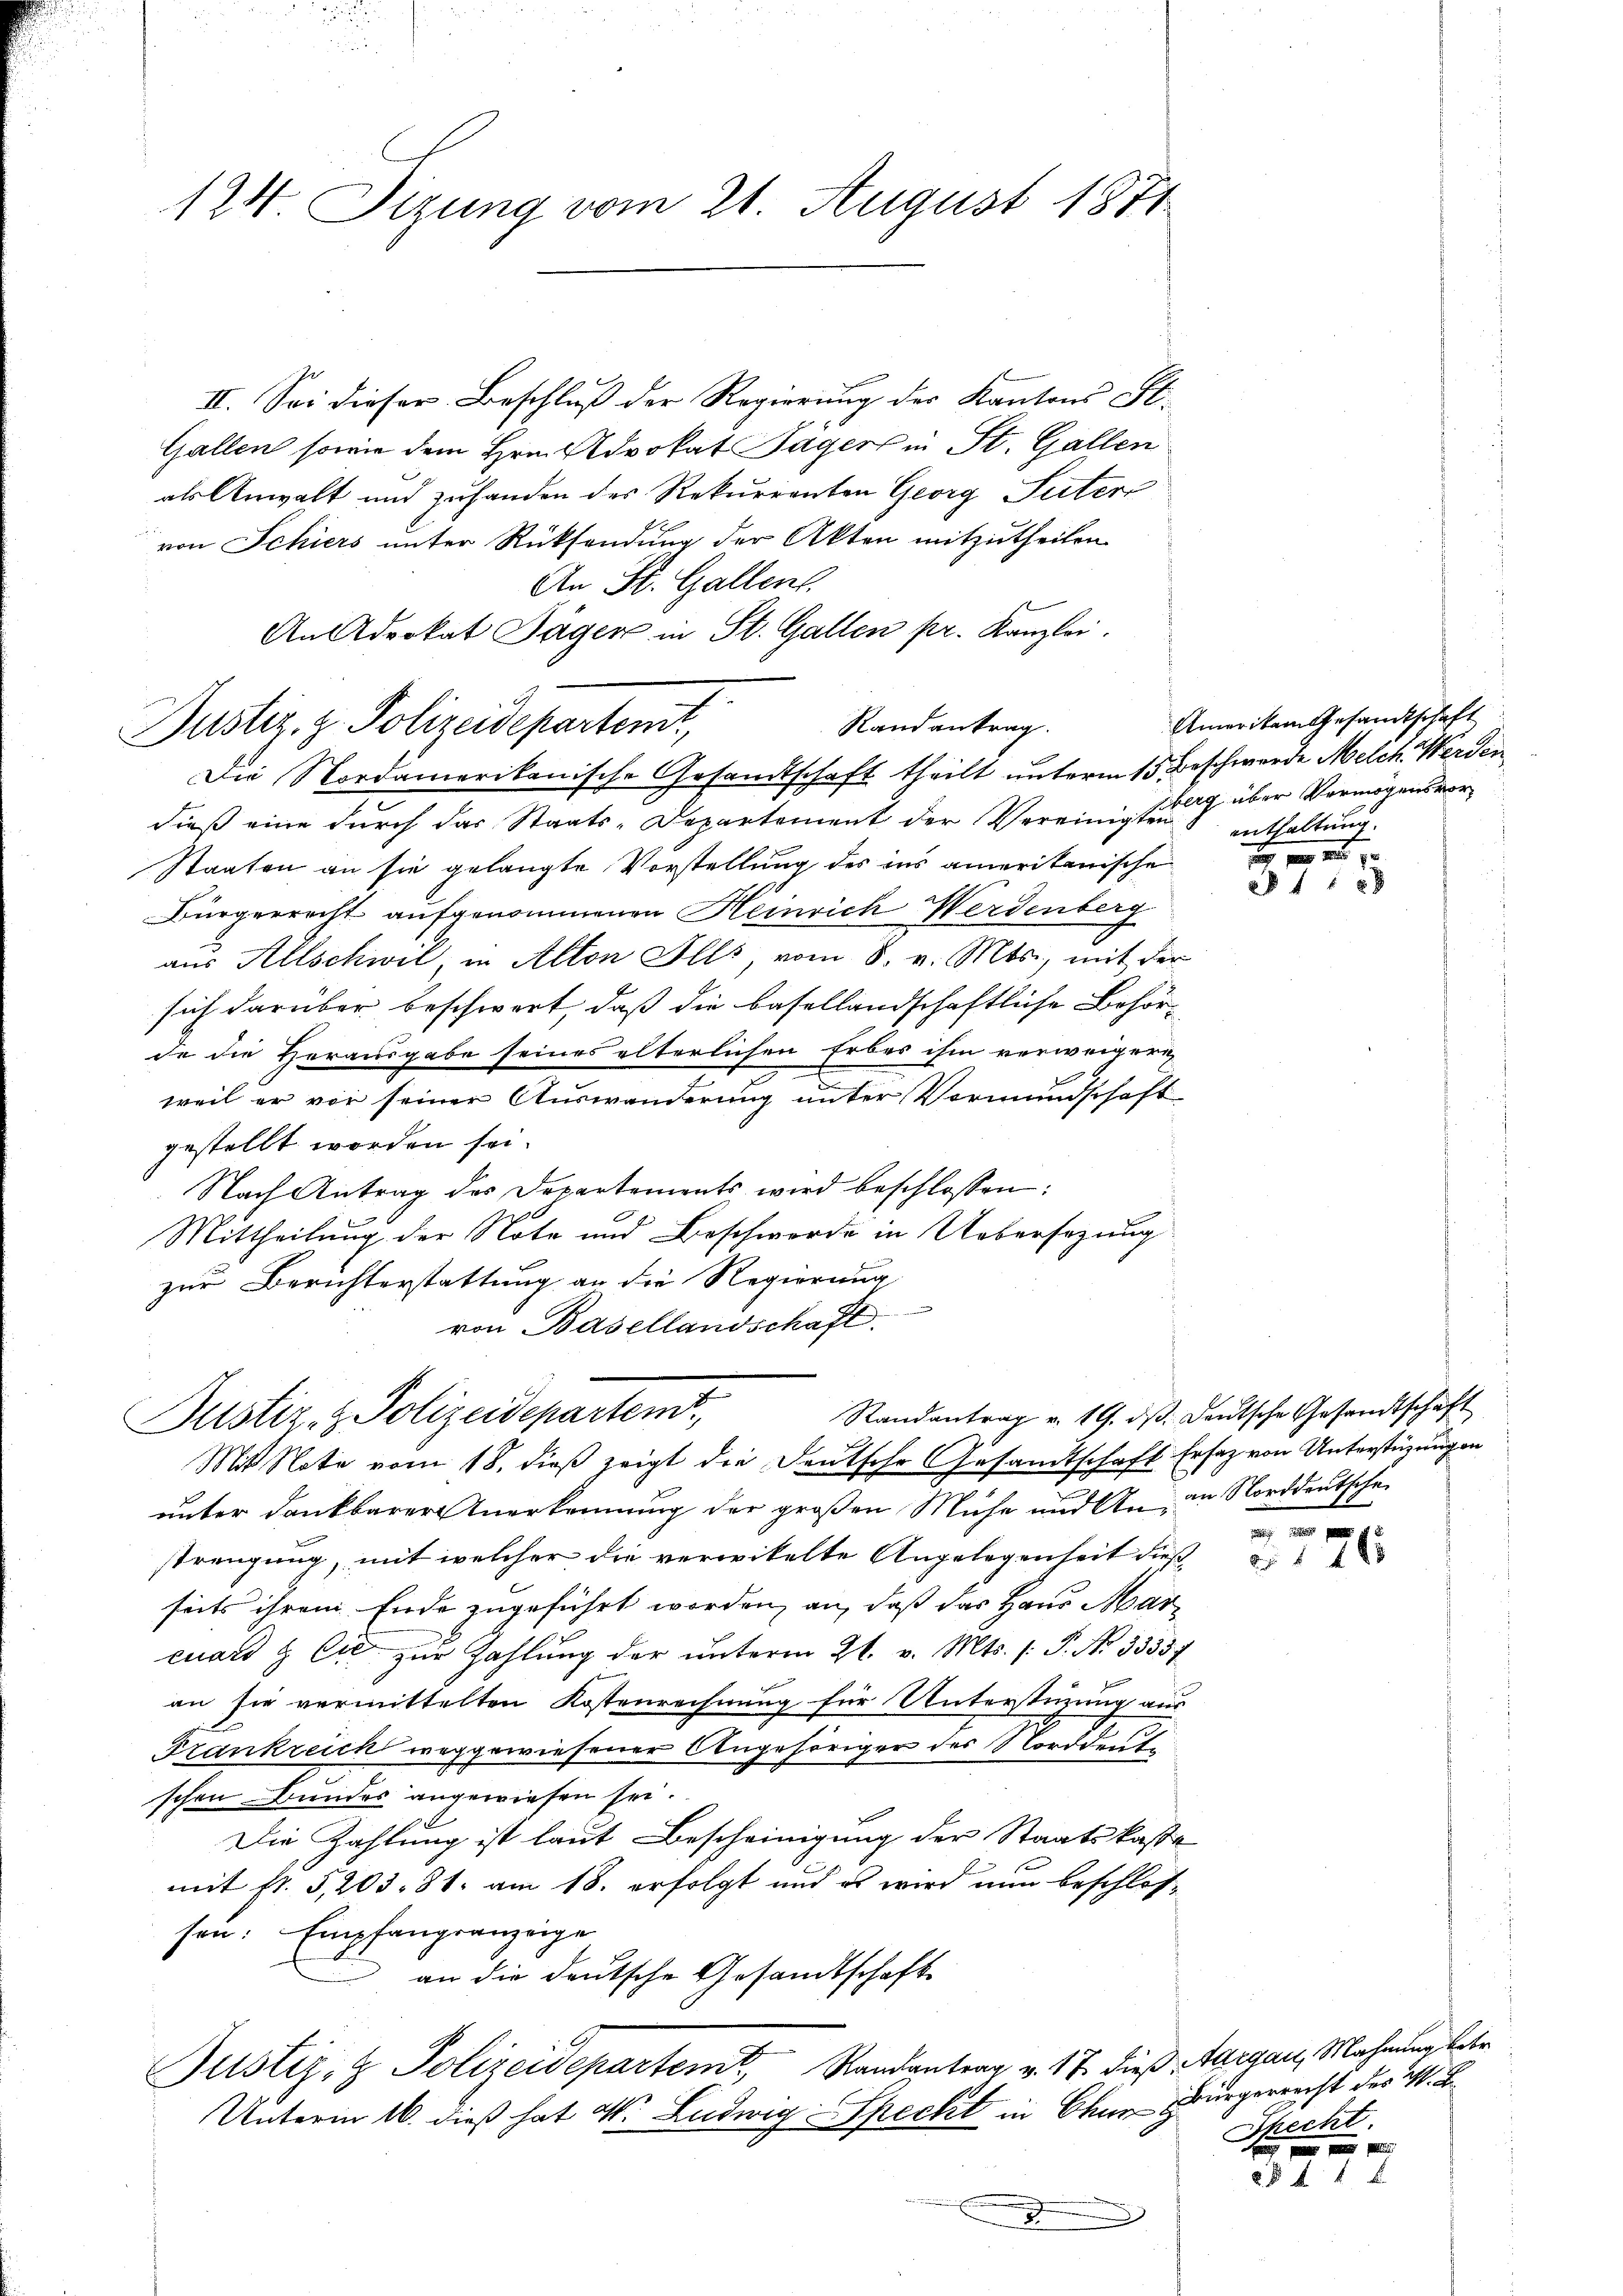
124 Sizung vom 21. August 1871

II. Sei dieser Beschluß der Regierung der Kantons St.
Gallen sowie dem Hrn. Advokat Jäger in St. Gallen
als Anwalt und zuhanden des Rekurrenten Georg Suter
von Schiers unter Rücksendung der Akten mitzutheilen.
An St. Gallent
An Advokat Jäger in St. Gallen pr. Kanzlei.
Randantrag.
Justiz, z. Polizeidepartemt,
Die Nordamerikanische Gesandtschaft theilt unterm 15. Beschwerde Melch. Werden
dieß eine durch das Staats-Departement der Vereinigerung über Vermögensvor¬
Staaten an sie gelangte Vorstellung des ins amerikanische
Bürgerrecht aufgenommenen Heinrich Werdenberg
aus Allschwil, in Alton Alls, vom 8. v. Mts., mit der
sich darüber beschwert, daß die basellandschaftliche Behörde die Herausgabe seines elterlichen Erbes ihm verweigern
weil er vor seiner Auswanderung unter Vormundschaft
gestellt worden sei.
Nach Antrag des Departements wird beschlossen:
Mittheilung der Note und Beschworde in Uebersezung
zur Berichterstattung an die Regierung
von Basellandschaft.
Randantrag v. 19. ds. deutsche Gesandtschaft
Justiz- & Polizeidepartemt,
Mit Note vom 18. dieß zeigt die Deutsche Gesandtschaft Ersatz von Unterstüzungen
unter dankbarer Anerkennung der großen Mühe und An in Norddeutsche
strengung, mit welcher die verwikelte Angelegenheit dies
seits ihrem Ende zugeführt worden, an, daß das Haus Marcuard & Cie zur Zahlung der unterm 21. v. Mts. (: P. No. 33557
an sie vermittelten Kostenrechnung für Untersterung aus
Frankreich weggewiesener Angehöriger der Norddeut
schen Bundes angewiesen sei.
Die Zahlung ist laut Bescheinigung der Staatskasse
mit fl. 5, 203. 81. am 18. erfolgt und es wird nun beschlossen: Empfangränzeige
an die deutsche Gesandtschaft
Justiz- & Polizeidepartemt, Randantrag v. 17. dieß Aargau, Mahnung betr
Unterm 16. dieß hat W. Ludwig Speckt in Chur g
weege

Amerikam Gesandtschaft
enthaltung.

2
8 f 48 x

146

Bürgerrecht des M. D.
Shecht.
 pr 10 p.

§§ 4 f 2